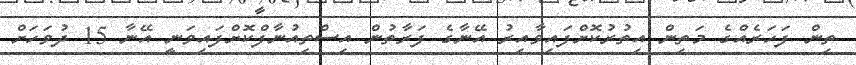
ތިން ފަހަރެއްގެ މަތިން އިތުރުކޮށްފައިވާއިރު އޭނާގެ ފަރާތުން އިސްތިއުނާފްކޮށްފައިވަނީ އޭނާ 15 ދުވަހަށް